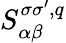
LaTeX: S_{\alpha\beta}^{\sigma\sigma^{\prime},q}